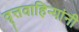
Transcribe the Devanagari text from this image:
वृत्तवाहिन्यांनी